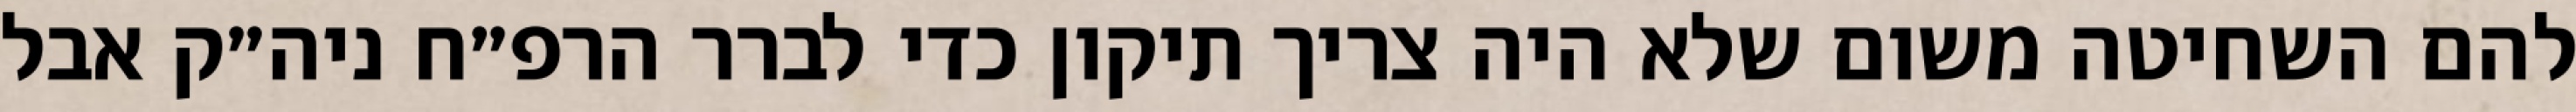
להם השחיטה משום שלא היה צריך תיקון כדי לברר הרפ״ח ניה״ק אבל